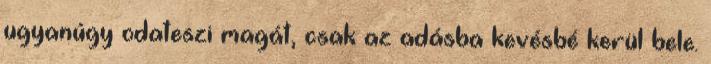
ugyanúgy odateszi magát, csak az adásba kevésbé kerül bele.